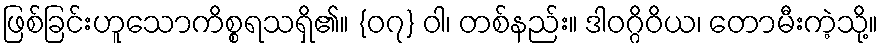
ဖြစ်ခြင်းဟူသောကိစ္စရသရှိ၏။ {၀၇} ဝါ၊ တစ်နည်း။ ဒါဝဂ္ဂိဝိယ၊ တောမီးကဲ့သို့။